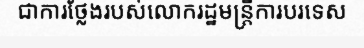
ជាការថ្លែងរបស់លោករដ្ឋមន្ត្រីការបរទេស